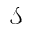
\mathcal { S }